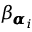
\beta _ { { \pmb { \alpha } } _ { i } }